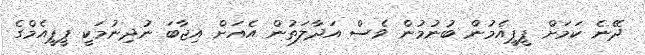
ދޭނެ ކަމަށް ޕީޕީއެމުން ބުނުމުން ވެސް އަދާލަތުން އެއަށް އިޖާބަ ނުދިނުމަކީ ޕީޕީއެމްގެ